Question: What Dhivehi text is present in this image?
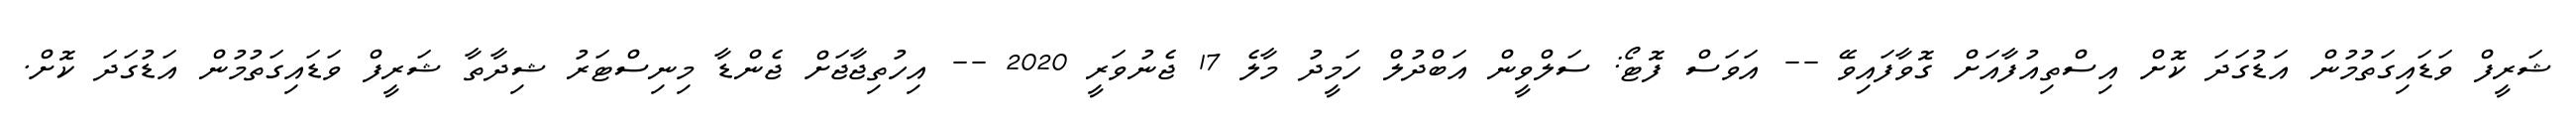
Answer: ޝަރީފް ވަޑައިގަތުމުން އަޑުގަދަ ކޮށް އިސްތިއުފާއަށް ގޮވާފައިވޭ -- އަވަސް ފޮޓޯ: ސަލްވީން އަބްދުލް ހަމީދު މާލެ 17 ޖެނުވަރީ 2020 -- އިހުތިޖާޖަށް ޖެންޑާ މިނިސްޓަރު ޝިދާތާ ޝަރީފް ވަޑައިގަތުމުން އަޑުގަދަ ކޮށް.